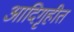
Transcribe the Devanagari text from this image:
आदिगृहीत